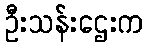
ဦးသန်းဌေးက